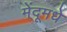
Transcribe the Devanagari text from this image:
मेंदूमधे